Treatise on elephants
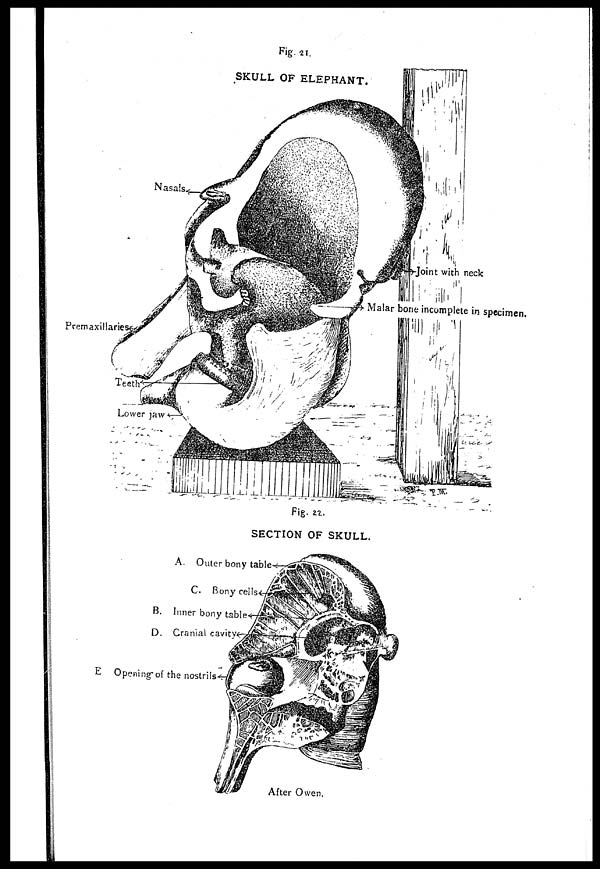
Fig. 21.
SKULL OF ELEPHANT.
Fig. 22.
SECTION OF SKULL.
After Owen.